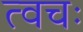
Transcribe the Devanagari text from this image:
त्वचः